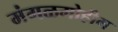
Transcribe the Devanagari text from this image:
मंगळमोहीम